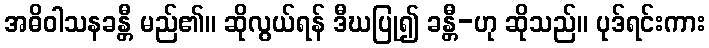
အဓိဝါသနခန္တီ မည်၏။ ဆိုလွယ်ရန် ဒီဃပြု၍ ခန္တီ-ဟု ဆိုသည်။ ပုဒ်ရင်းကား